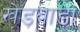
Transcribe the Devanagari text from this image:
खेड़वाड़ा